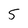
Character: 5